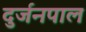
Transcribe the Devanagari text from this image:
दुर्जनपाल